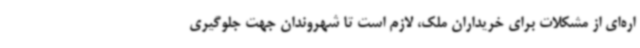
اره‌ای از مشکلات برای خریداران ملک، لازم است تا شهروندان جهت جلوگیری